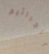
الجراثيم